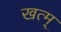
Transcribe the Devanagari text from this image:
खत्म्